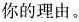
你的理由。